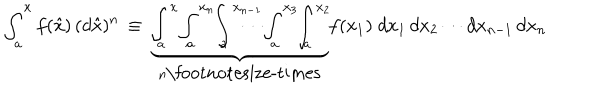
\int _ { a } ^ { x } f ( \hat { x } ) \, ( d \hat { x } ) ^ { n } \, \equiv \, \underbrace { \int _ { \! a } ^ { x } \! \int _ { \! a } ^ { x _ { n } } \! \! \int _ { \! a } ^ { x _ { n - 1 } } \! \! \! \! \! \! \! \! \cdots \! \int _ { \! a } ^ { x _ { 3 } } \! \! \int _ { \! a } ^ { x _ { 2 } } \! } _ { n \mathrm { \footnotesize - t i m e s } } f ( x _ { 1 } ) \; d x _ { 1 } \, d x _ { 2 } \cdots d x _ { n - 1 } \, d x _ { n }